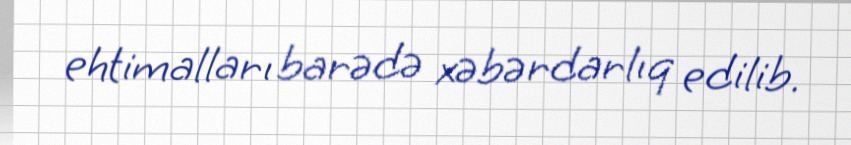
ehtimalları barədə xəbərdarlıq edilib.